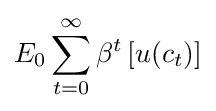
E_{0}\sum _{t=0}^{\infty }\beta ^{t}\left[u(c_{t})\right]